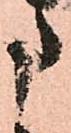
申